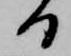
日